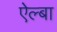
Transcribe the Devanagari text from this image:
ऐल्बा